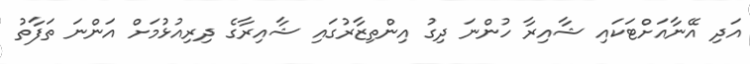
އަދި އޭނާއަށްޓަކައި ޝާއިރާ ހުންނަ ދިގު އިންތިޒާރުގައި ޝާއިރާގެ ދިރިއުޅުމަށް އަންނަ ތަފާތު